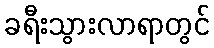
ခရီးသွားလာရာတွင်